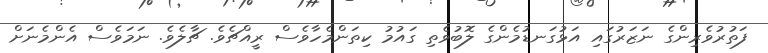
ފަތުރުވެރިންގެ ނަޒަރުގައި އަޅުގަނޑުމެންގެ ލޮބުވެތި ގައުމު ކިތަންމެހާވެސް ރީއްޗެވެ. ޗާލެވެ. ނަމަވެސް އެންމެނަށް